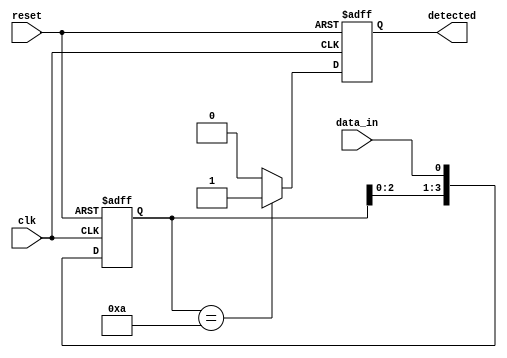
module pattern_detector #(
    parameter PATTERN_LENGTH = 4, // Length of the pattern to detect
    parameter PATTERN = 4'b1010    // The pattern to detect (can be changed)
)(
    input wire clk,                 // Clock signal
    input wire reset,               // Reset signal
    input wire data_in,             // Input data stream
    output reg detected             // Output signal indicating pattern detection
);

    // Flip-flops to store the input data
    reg [PATTERN_LENGTH-1:0] shift_reg;

    always @(posedge clk or posedge reset) begin
        if (reset) begin
            shift_reg <= 0;           // Clear the shift register on reset
            detected <= 0;            // Clear the detected signal
        end else begin
            shift_reg <= {shift_reg[PATTERN_LENGTH-2:0], data_in}; // Shift in the new data
            // Compare the shift register with the pattern
            if (shift_reg == PATTERN) begin
                detected <= 1;         // Pattern detected
            end else begin
                detected <= 0;         // No pattern detected
            end
        end
    end

endmodule